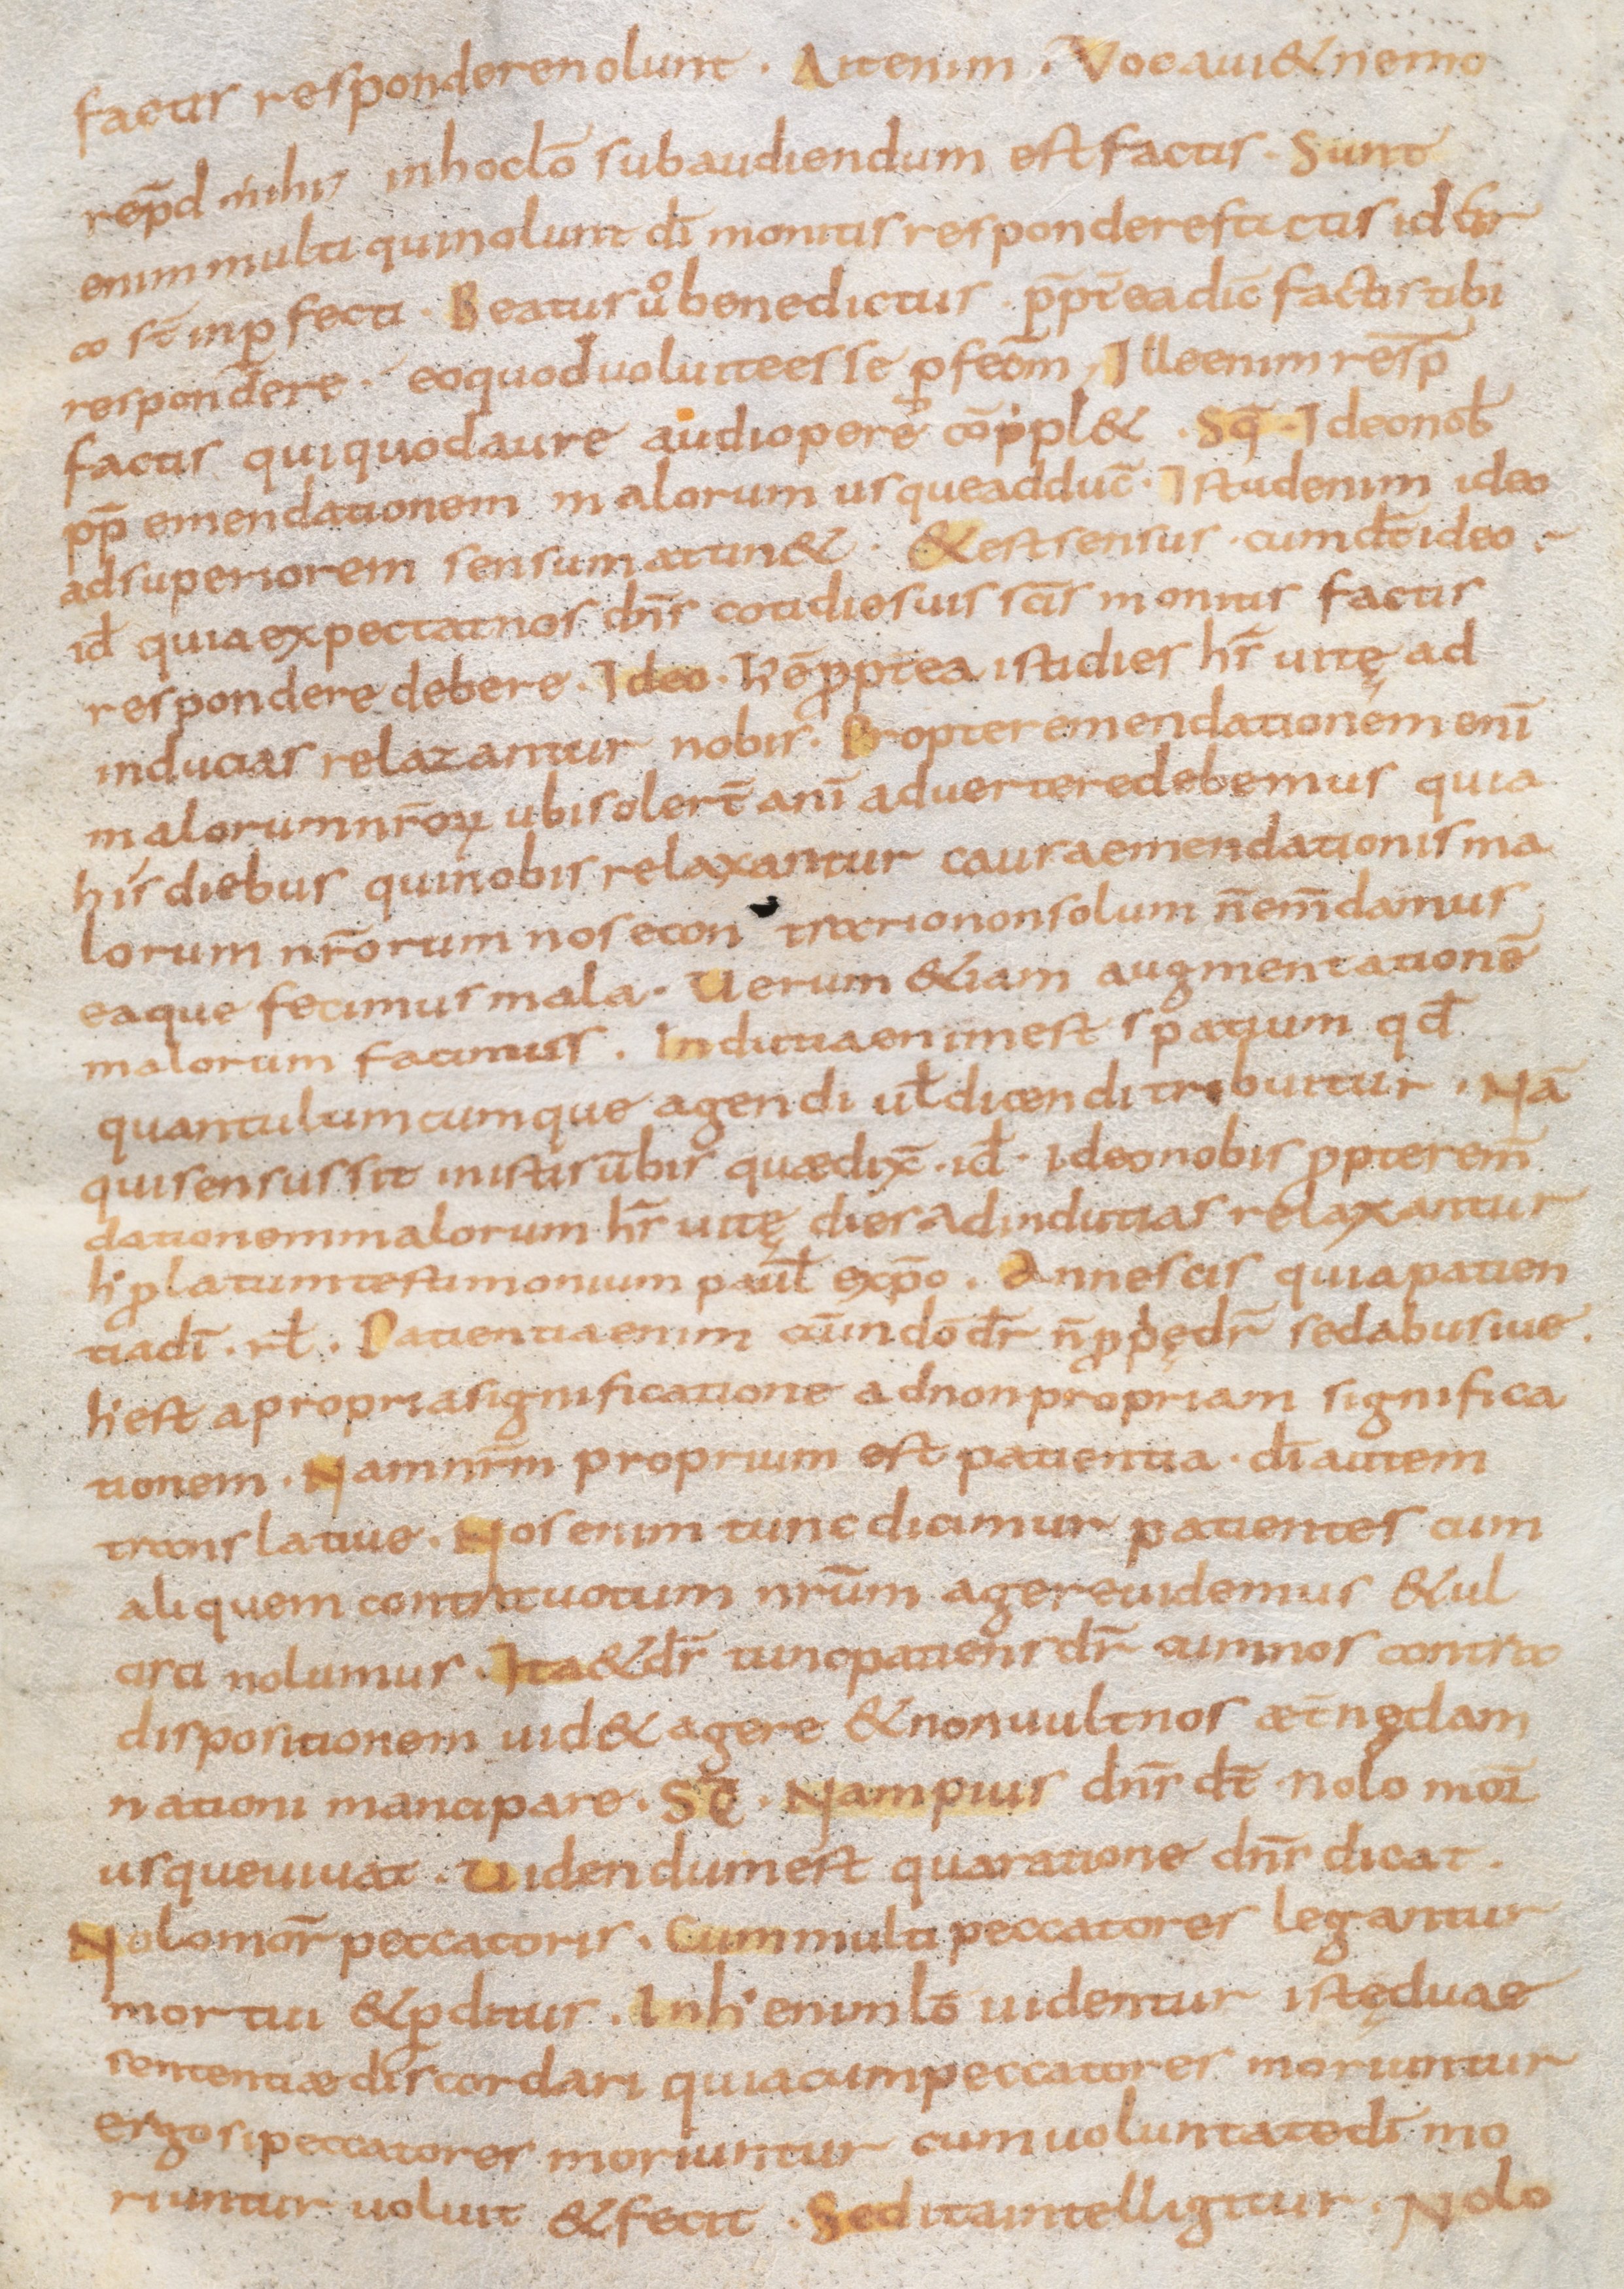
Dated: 800–899